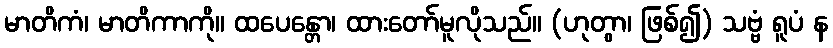
မာတိကံ၊ မာတိကာကို။ ထပေန္တော၊ ထားတော်မူလိုသည်။ (ဟုတွာ၊ ဖြစ်၍) သဗ္ဗံ ရူပံ န